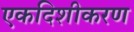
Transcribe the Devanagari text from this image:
एकदिशीकरण